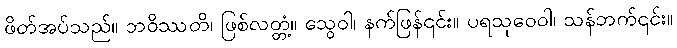
ဖိတ်အပ်သည်။ ဘဝိဿတိ၊ ဖြစ်လတ္တံ့။ သွေဝါ၊ နက်ဖြန်၎င်း။ ပရသုဝေဝါ၊ သန်ဘက်၎င်း။